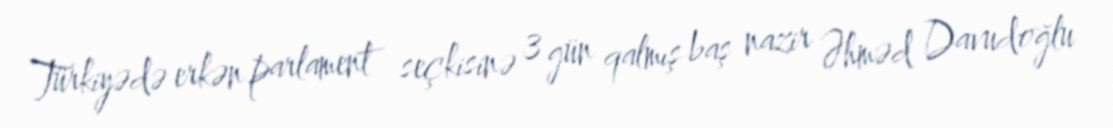
Türkiyədə erkən parlament seçkisinə 3 gün qalmış baş nazir Əhməd Davudoğlu